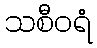
သစီဝရံ